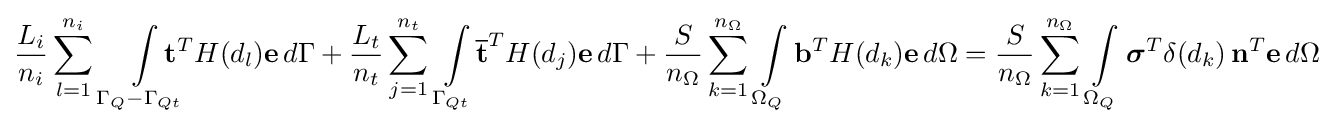
{\frac {L_{i}}{n_{i}}}\sum _{l=1}^{n_{i}}\,\int \limits _{\Gamma _{Q}-\Gamma _{Qt}}\!\!\!\!\!\!\mathbf {t} ^{T}H(d_{l})\mathbf {e} \,d\Gamma +{\frac {L_{t}}{n_{t}}}\sum _{j=1}^{n_{t}}\,\int \limits _{\Gamma _{Qt}}\!{\overline {\mathbf {t} }}^{T}H(d_{j})\mathbf {e} \,d\Gamma +{\frac {S}{n_{\Omega }}}\sum _{k=1}^{n_{\Omega }}\,\int \limits _{\Omega _{Q}}\mathbf {b} ^{T}H(d_{k})\mathbf {e} \,d\Omega ={\frac {S}{n_{\Omega }}}\sum _{k=1}^{n_{\Omega }}\,\int \limits _{\Omega _{Q}}{\boldsymbol {\sigma }}^{T}\delta (d_{k})\,\mathbf {n} ^{T}\mathbf {e} \,d\Omega